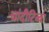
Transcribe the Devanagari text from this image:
चांदीटिब्बा